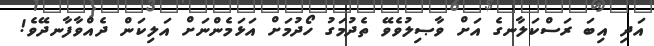
އަދި އިބަ ރަސްކަލާނގެ އަށް ވާޞިލުވެވޭ ތެދުމަގު ހޯދުމަށް އަޅަމެންނަށް އަލިކަން ދެއްވާފާނދޭވެ!